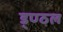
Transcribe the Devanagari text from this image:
ड्ण्ठल